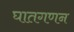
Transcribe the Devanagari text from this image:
घातगणन